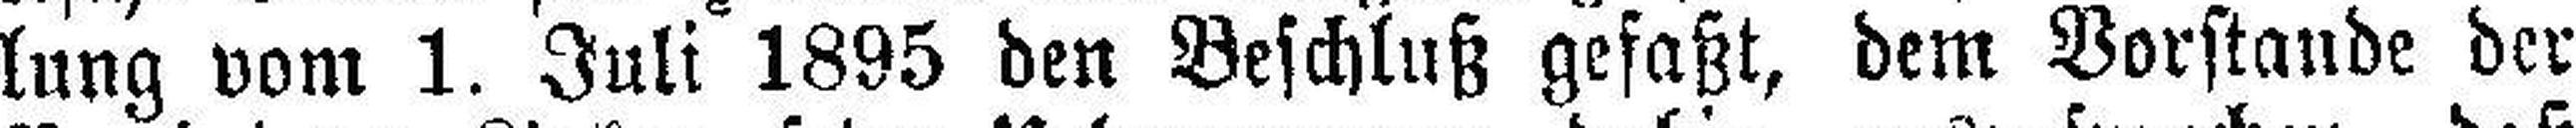
lung vom 1. Juli 1895 den Beschluß gefaßt, dem Vorstande der